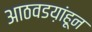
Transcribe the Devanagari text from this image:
आठवडय़ांहून